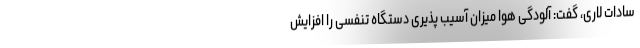
سادات لاری، گفت: آلودگی هوا میزان آسیب پذیری دستگاه تنفسی را افزایش